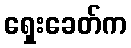
ရှေးခေတ်က